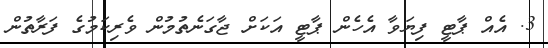
3. އެއް ޕާޓީ ފިޔަވާ އެހެން ޕާޓީ އަކަށް ޖާގަނެތުމުން ވެރިކަމުގެ ފަރާތުން